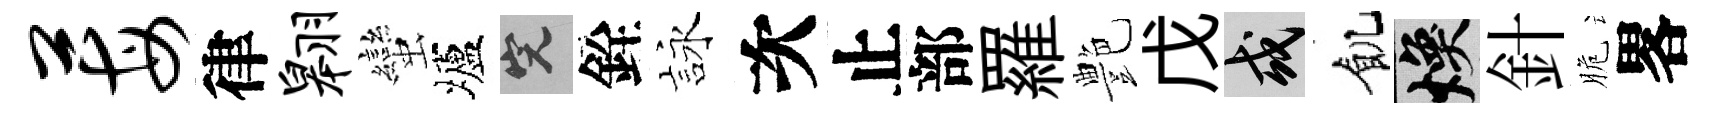
莓律翱蠻壚完銓詠次止部羅艶戊或飢焕針脆畧